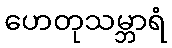
ဟေတုသမ္ဘာရံ